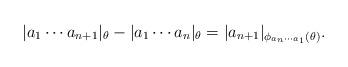
LaTeX: \begin{align*}|a_1\cdots a_{n+1}|_{\theta}-|a_1\cdots a_n|_{\theta}=|a_{n+1}|_{\phi_{a_n\cdots a_1}(\theta)}.\end{align*}